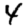
Digit: 4